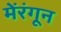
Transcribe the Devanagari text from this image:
मेंरंगून